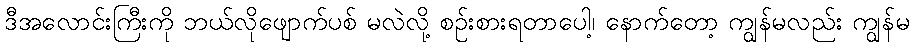
ဒီအလောင်းကြီးကို ဘယ်လိုဖျောက်ပစ် မလဲလို့ စဉ်းစားရတာပေါ့၊ နောက်တော့ ကျွန်မလည်း ကျွန်မ